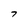
Character: 7